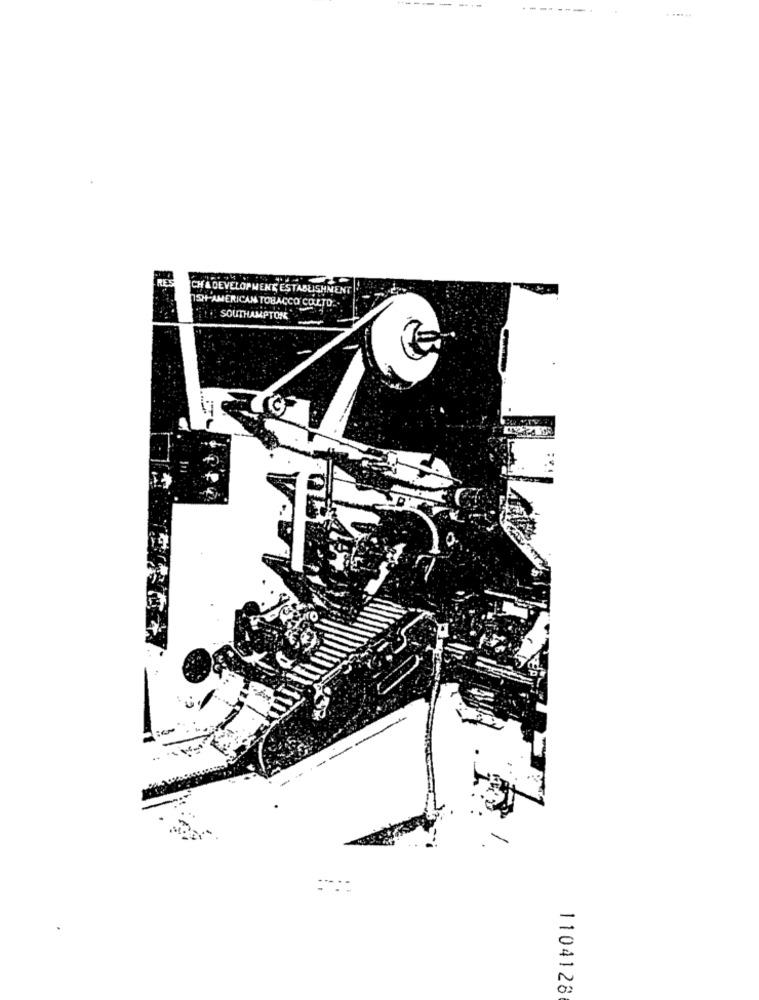
----
RES
CH & DEVELOPMENT ESTABLISHMENT
ISH-AMERICAN TOBACCO COL.TO.
SOUTHAMPTON
1104128